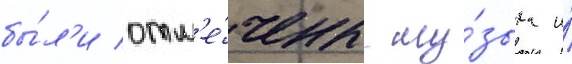
бы́л'и отм'е́чены му́зыка и́